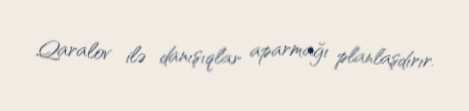
Qaralov ilə danışıqlar aparmağı planlaşdırır.